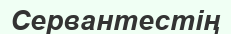
Сервантестің